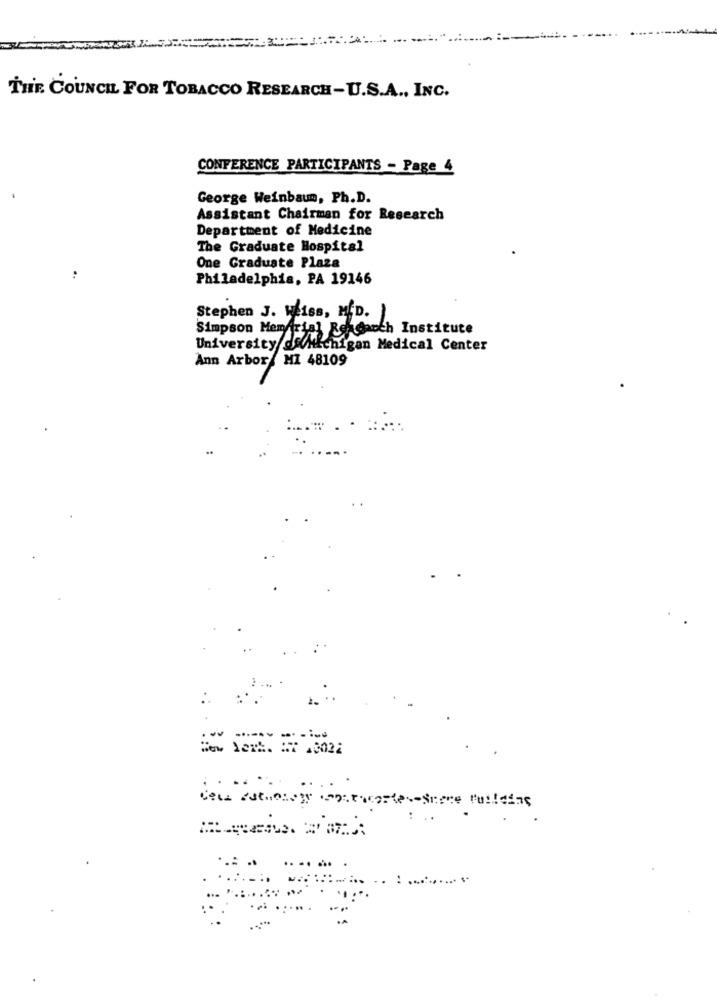
THE COUNCIL FOR TOBACCO RESEARCH-U.S.A ., INC.
CONFERENCE PARTICIPANTS - Page 4
George Weinbaun, Ph.D.
Assistant Chairman for Research
Department of Medicine
The Graduate Hospital
One Graduate Plaza
Philadelphia, PA 19146
Stephen J. Heiss, MfD. )
Simpson Memorial RenGaoch Institute
University/de
dWMichigan Medical Center
Ann Arbor MI 48109
New York. #1 48022
.. .. .